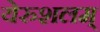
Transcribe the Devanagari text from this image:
येरुशलम्